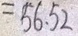
= 5 6 . 5 2